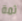
ثمة